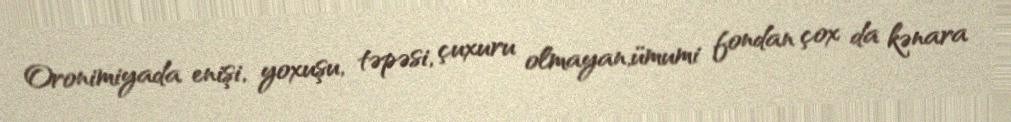
Oronimiyada enişi, yoxuşu, təpəsi, çuxuru olmayan,ümumi fondan çox da kənara